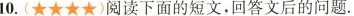
10.(★★★★)阅读下面的短文，回答文后的问题.